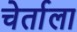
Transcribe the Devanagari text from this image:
चेर्ताला